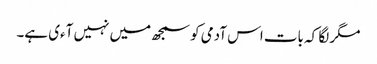
مگر لگا کہ بات اس آدمی کو سمجھ میں نہیں آءی ہے۔